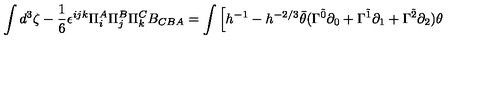
\int d ^ { 3 } \zeta - \frac { 1 } { 6 } \epsilon ^ { i j k } \Pi _ { i } ^ { A } \Pi _ { j } ^ { B } \Pi _ { k } ^ { C } B _ { C B A } = \int \Big [ h ^ { - 1 } - h ^ { - 2 / 3 } \bar { \theta } ( \Gamma ^ { \tilde { 0 } } \partial _ { 0 } + \Gamma ^ { \tilde { 1 } } \partial _ { 1 } + \Gamma ^ { \tilde { 2 } } \partial _ { 2 } ) \theta